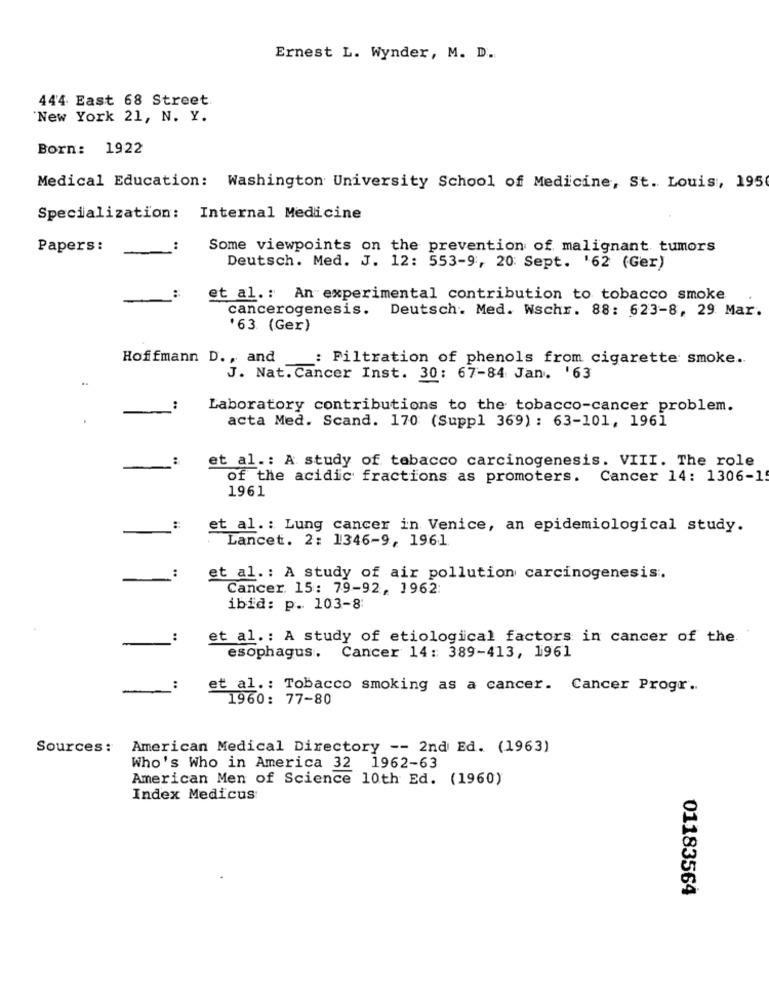
Ernest L. Wynder, M. D.
444 East 68 Street
"New York 21, N. Y.
Born: 1922
Medical Education: Washington University School of Medicine, St. Louis, 195
Specialization: Internal Medicine
Papers:
:
Some viewpoints on the prevention of malignant tumors
Deutsch. Med. J. 12: 553-9, 20: Sept. '62 (Ger)
et al .: An experimental contribution to tobacco smoke
cancerogenesis. Deutsch. Med. Wschr. 88: 623-8, 29 Mar.
'63 (Ger)
Hoffmann D. , and
: Filtration of phenols from cigarette smoke ..
..
J. Nat. Cancer Inst. 30: 67-84 Jan. '63
Laboratory contributions to the tobacco-cancer problem.
acta Med. Scand. 170 (Suppl 369) : 63-101, 1961
et al .: A study of tobacco carcinogenesis. VIII. The role
of the acidic fractions as promoters. Cancer 14: 1306-1
1961
:
et al. : Lung cancer in Venice, an epidemiological study.
Lancet. 2: 1346-9, 1961
-
:
et al .: A study of air pollution carcinogenesis.
Cancer. 15: 79-92, 1962:
ibid: p. 103-8
et al. : A study of etiological factors in cancer of the
-
esophagus. Cancer 14: 389-413, 1961
-
et al .: Tobacco smoking as a cancer. Cancer Progr ..
1960: 77-80
Sources :
American Medical Directory -- 2nd Ed. (1963)
Who's Who in America 32 1962-63
American Men of Science 10th Ed. (1960)
Index Medicus
01183564